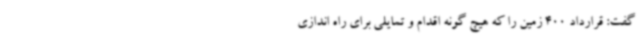
گفت: قرارداد 400 زمین را که هیچ گونه اقدام و تمایلی برای راه اندازی